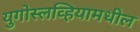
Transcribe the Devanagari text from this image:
युगोस्लव्हियामधील